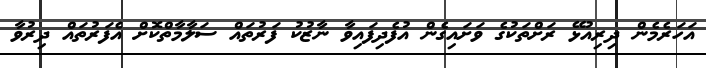
އަހަރެމެން ދިރިއުޅޭ ރަށްތަކުގެ ވަށައިގެން އުފެދިފައިވާ ނާޒުކު ފަރުތައް ސަލާމާތްކޮށް އެފަރުތައް ދިރުވާ